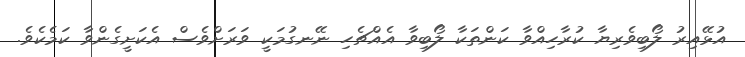
އުޅޭއިރު ލޯބިވެރިޔާ ކުރާހިއްވާ ކަންތަކާ ލޯބިވާ އެއްޗެހި ނޭނގުމަކީ ވަރަށްވެސް އެކަށީގެންވާ ކަމެކެވެ.